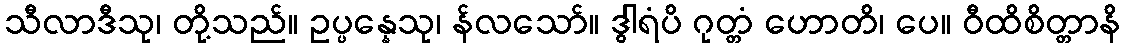
သီလာဒီသု၊ တို့သည်။ ဥပ္ပန္နေသု၊ န်လသော်။ ဒွါရံပိ ဂုတ္တံ ဟောတိ၊ ပေ။ ဝီထိစိတ္တာနိ